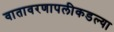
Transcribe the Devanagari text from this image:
वातावरणापलीकडल्या